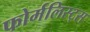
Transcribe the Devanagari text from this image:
फोर्मलिस्ट्स